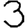
Digit: 3